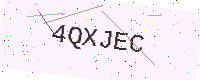
Text: 4QXJEC